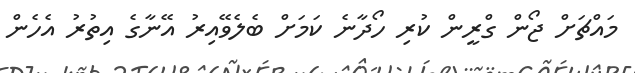
މައްޗަށް ޖޯން ގްރީން ކުރި ހޯދާނެ ކަމަށް ބެލެވޭއިރު އޭނާގެ އިތުރު އެހެން